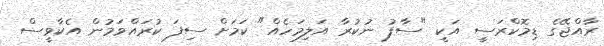
ރާއްޖޭގެ ޑިމޮކްރަސީ އަކީ "ސާފު ނުކުރާ އަލިމަހެއް" ކަމަށް ސިފަ ކުރައްވަމުން އެކާވީސް